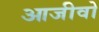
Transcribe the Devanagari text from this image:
आजीवो